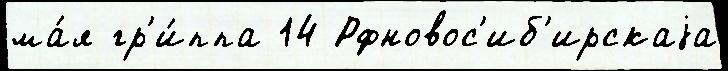
ма́я гр'и́ппа 14 Рфновос'иб'ирскаjа